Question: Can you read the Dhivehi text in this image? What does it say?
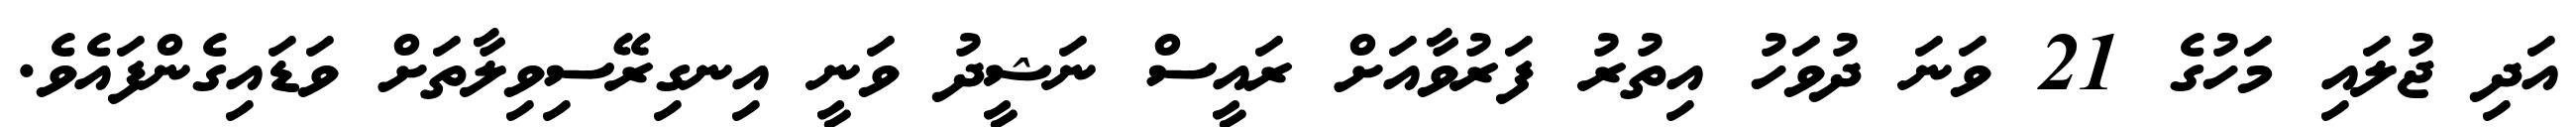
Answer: އަދި ޖުލައި މަހުގެ 21 ވަނަ ދުވަހު އިތުރު ފަރުވާއަށް ރައީސް ނަޝީދު ވަނީ އިނގިރޭސިވިލާތަށް ވަޑައިގެންފައެވެ.